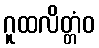
ဂူထလိတ္တံဝ